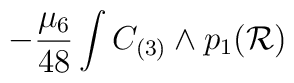
-{\mu_6\over 48}\int C_{(3)}\wedge p_1({\cal R})